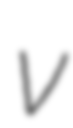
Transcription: v